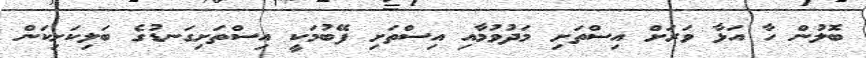
ބޮލުން ހާ އަޅާ ވަރަށް އިސްތަށި މަދުވުމާއި އިސްތަށި ފޭބުމަކީ އިސްތަށިގަނޑުގެ ބަލިކަށިކަން